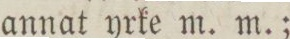
annat yrke m. m.;